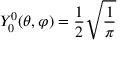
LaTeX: Y _ { 0 } ^ { 0 } ( \theta , \varphi ) = { \frac { 1 } { 2 } } { \sqrt { \frac { 1 } { \pi } } }